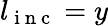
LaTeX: l_{\mathrm{~i~n~c~}}=y